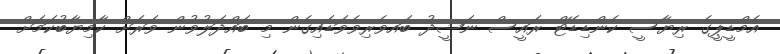
އެމްޑީޕީގެ ރިޔާސީ ކެންޑިޑޭޓް ރައީސް ނަޝީދު ބައވެރިވެވަޑައިގެން މި ބައްދަލުވުން ވަރަށް ކާމިޔާބުކަމަށް